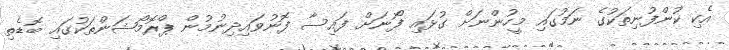
އެކި ކުންފުނިތަކުގެ ނަމުގައި މީހުންނަށް ގުޅައި ފޯނަށް ފައިސާ ފޮނުވައިދިނުމުން ޕްރޮމޯޝަންތަކުގައި ބޮޑެތި